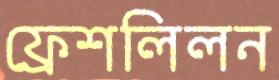
ফ্রেশলিলন